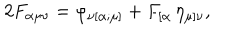
2 F _ { \alpha \mu \nu } = \varphi _ { \nu [ \alpha ; \mu ] } + F _ { [ \alpha } \, \eta _ { \mu ] \nu } ,